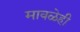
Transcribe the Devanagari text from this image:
मावळेही